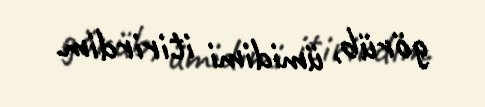
görüb, ümidimi itirirdim.